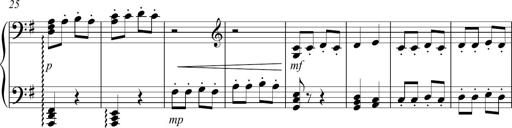
Title: Sonatina no. 2
Composer: Brian Henderson-Sellers
Key: G major